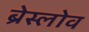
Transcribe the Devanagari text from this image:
ब्रेस्लोव